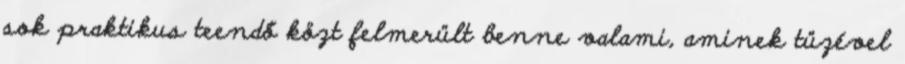
sok praktikus teendő közt felmerült benne valami, aminek tüzével